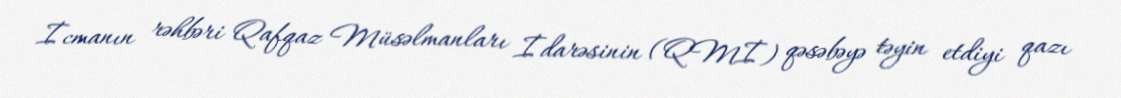
İcmanın rəhbəri Qafqaz Müsəlmanları İdarəsinin (QMİ) qəsəbəyə təyin etdiyi qazı